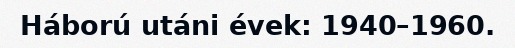
Háború utáni évek: 1940–1960.